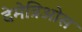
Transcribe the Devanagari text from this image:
देमेत्रिओस